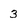
Character: 3